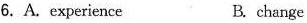
6. A. experience B. change